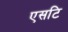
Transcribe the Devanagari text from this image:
एसटि